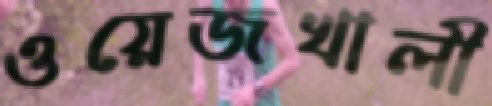
ওয়েজখালী